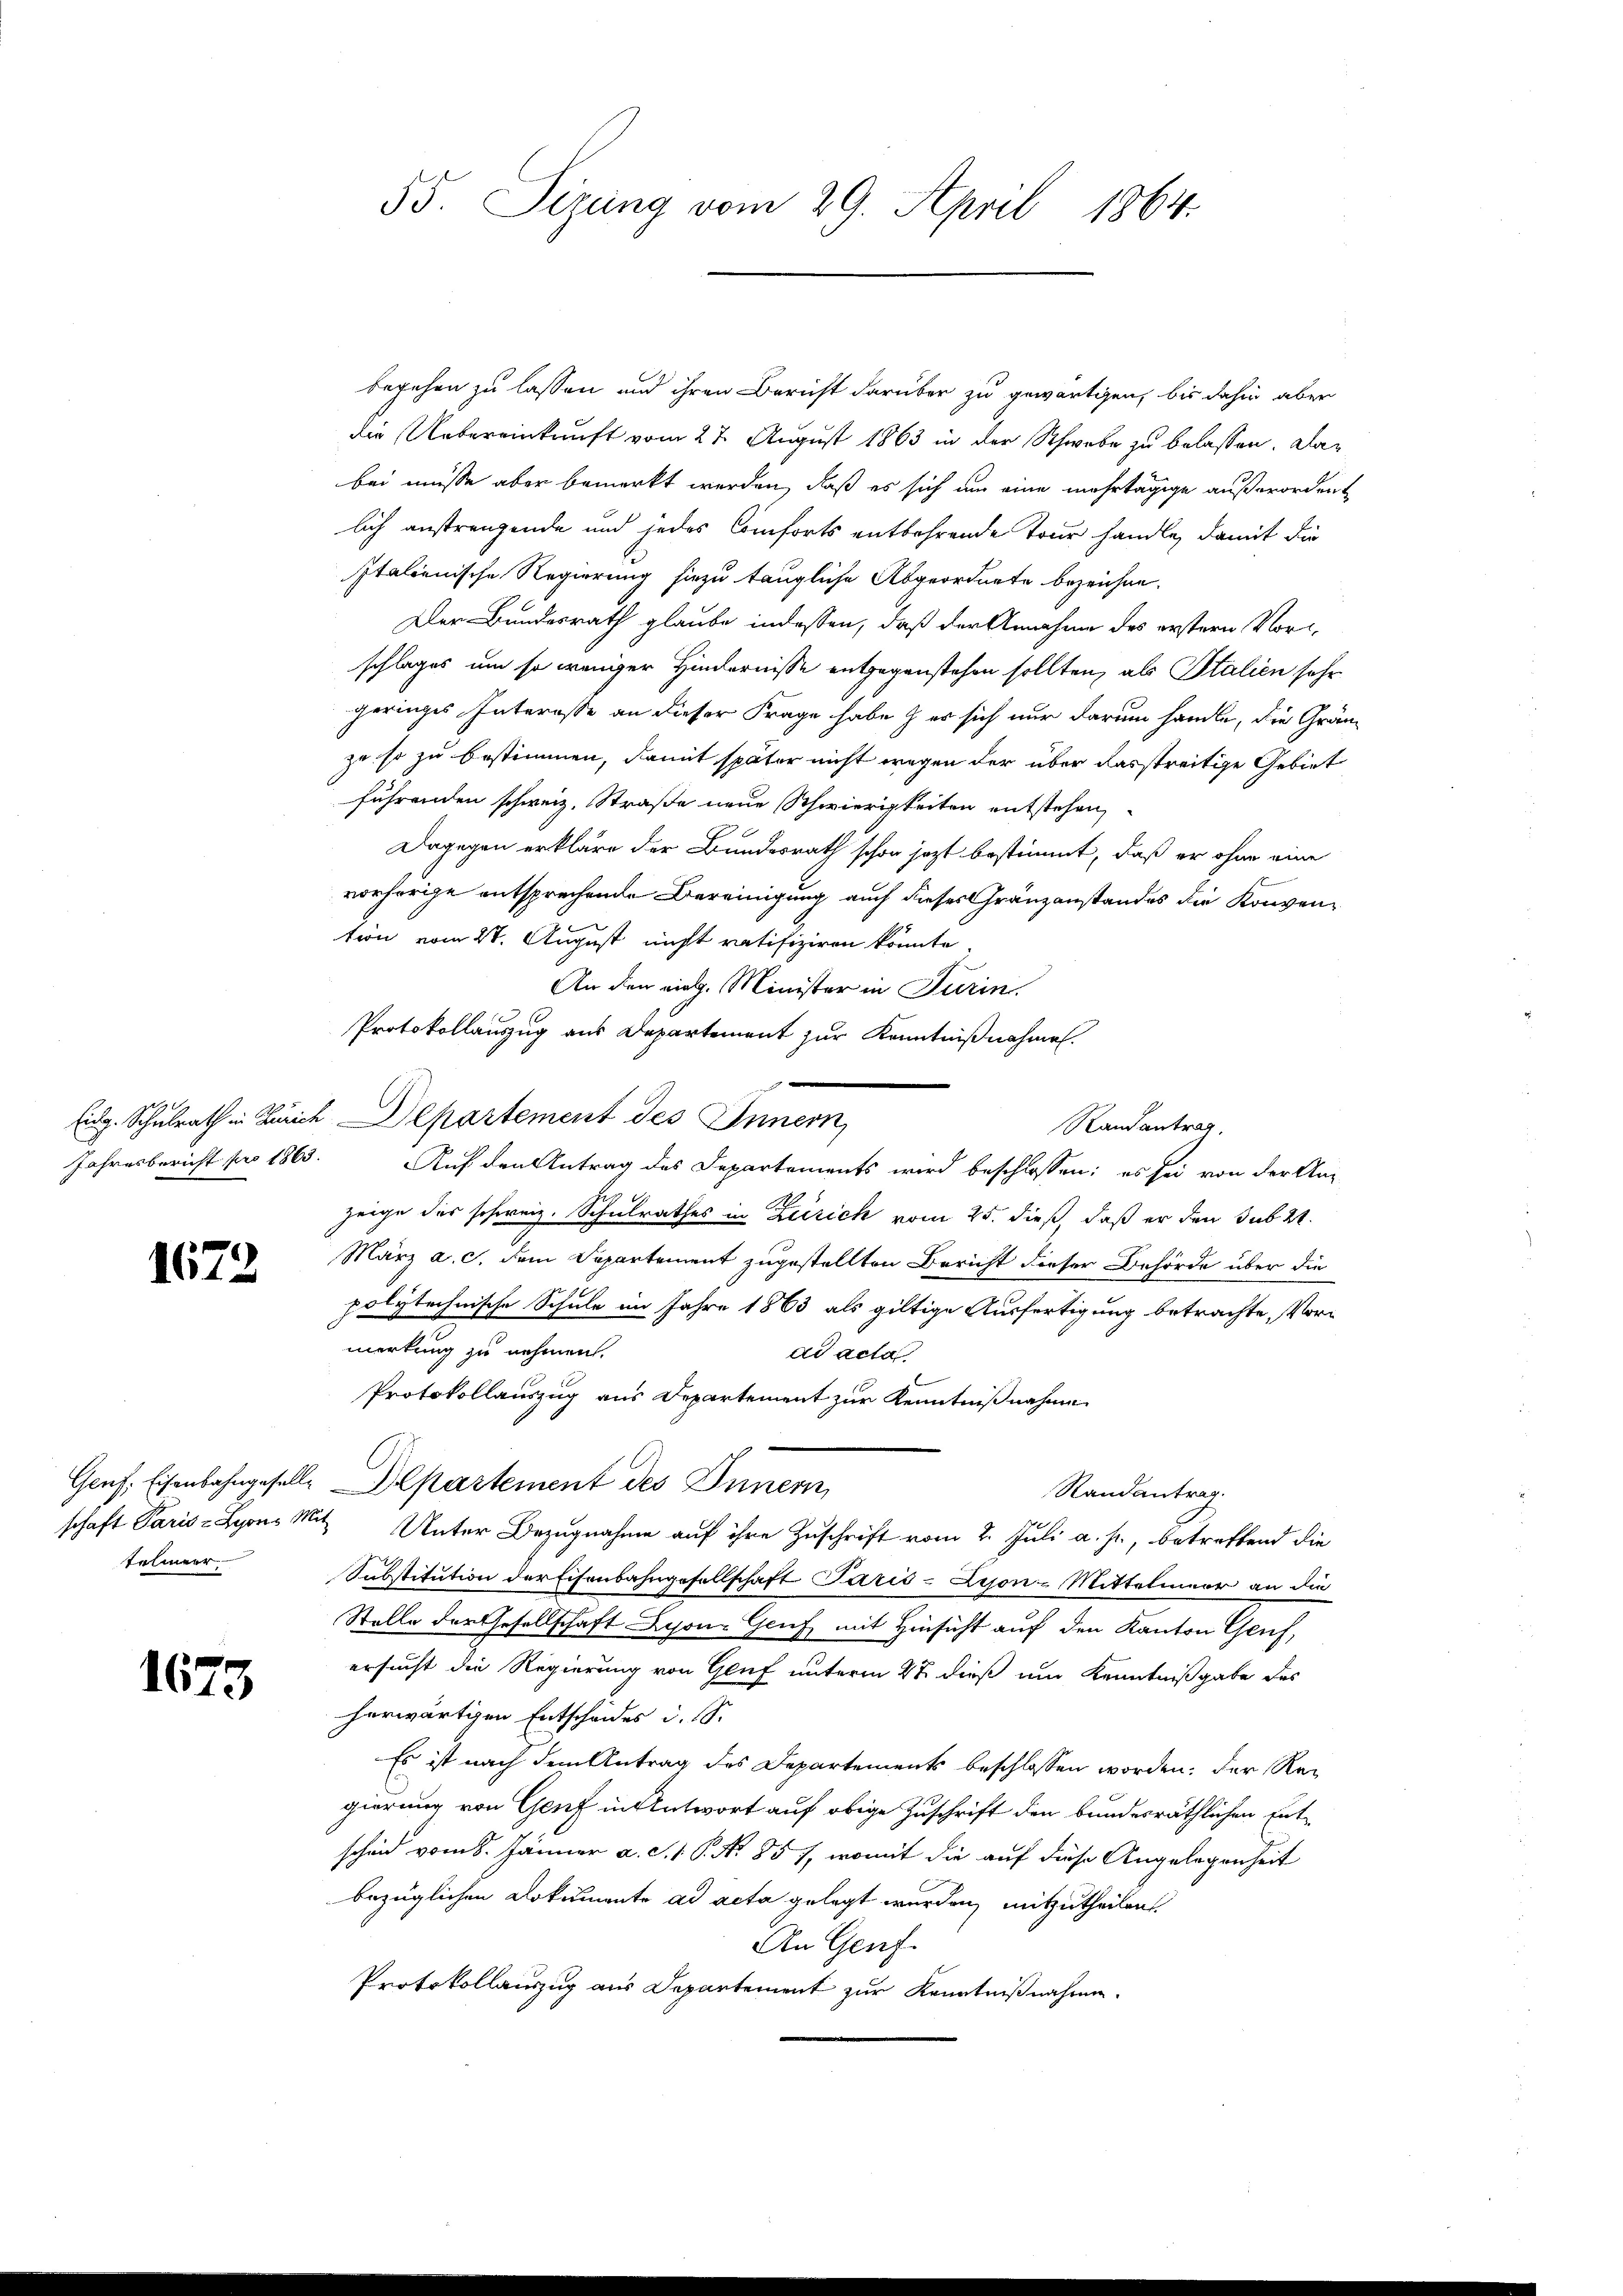
Jahresbericht pro 1863.

1672

telmeer

1673

begehen zu lassen und ihren Bericht darüber zu gewärtigen, bis dahin aber
die Uebereinkunft vom 27. August 1863 in der Schwebe zu belassen. Dan
bei müsse aber bemerkt werden, daß es sich um eine mehrtägige außerordent
lich anstrengende und jedes Comforts entbehrende Tour handle, damit die
Italienische Regierung hiezu taugliche Abgeordnete bezeichne¬
Der Bundesrath glaube indessen, daß der Annahme des erstern Vorschlages um so weniger Hindernisse entgegenstehen sollten, als Stalien sehr
geringes Interasse an dieser Frage habe & er sich nur darum handle, die Gränzu so zu bestimmen, damit später nicht wegen der über dasstreitige Gebiet
führenden schweiz. Straße neue Schwierigkeiten entstehen,
Dagegen erkläre der Bundesrath schon jezt bestimmt, daß er ohne eine
vorherige entsprechende Bereinigung auch dieses Gränzanstandes die Konvention vom 27. August nicht ratifiziren könnte
An den viel. Minister in Turin.
Protokollauszug aus Departement zur Kenntnißnahmen.
Eidg. Schulrath in Zürich Departement des Innern,
Auf den Antrag des Departements wird beschlossen; es sei von der Anzeige der schweiz. Schulrathes in Zürich vom 25. dieß, daß er den sub 2
März a. c. dem Departement zugestellten Bericht dieser Behörde über die
polytechnische Schule im Jahre 1863 als giltige Ausfertigung betrachte, Vor-
merkung zu nehmen.
ad acta
Protokollauszug aus Departement zur Kenntnißnahme
Genf, Eisenbahngeselle Departement des Innern
Randantrag.
schaft Paris Lyon Mit Unter Bezugnahme auf ihre Zuschrift vom 2. Juli a. p., betreffend die
Substitution der Eisenbahngesellschaft Paris-Dijon-Mittelmeer an die
Stelle der Gesellschaft Schon Gruf mit Hinsicht auf den Kanton Genf,
ersucht die Regierung von Gluf unterm 27 dieß um Kenntnißgabe das
herwärtigen Entscheides d. S.
Es ist nach dem Antrag des Departements beschlossen worden, der Regierung von Genf in Antwort auf obige Zuschrift den bundesräthlichen Entscheid vom 8. Jänner a. c. 1 S. No 851, womit die auf diese Angelegenheit
bezüglichen Dokumente ad acta gelegt werden, mitzutheilen
An Genf.
Protokollauszug aus Departement zur Kenntnißnahme.

55. Sizung vom 29. April 1864.

e

Randantrag